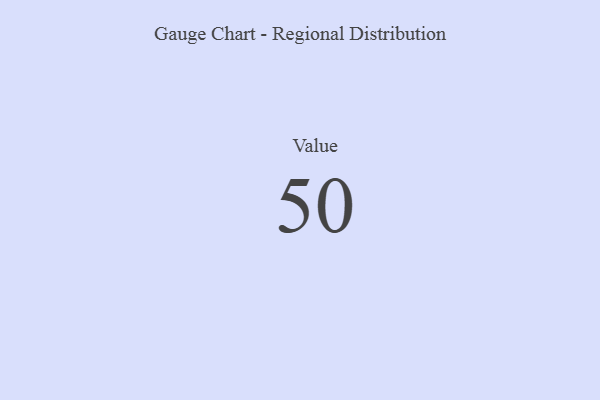
{"axis": {"x": "Metric", "y": "Value"}, "legend": [""], "data": [{"x": "Value", "y": 50, "type": ""}]}